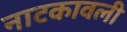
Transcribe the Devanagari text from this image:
नाटकावली